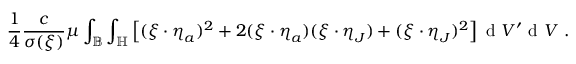
\frac { 1 } { 4 } \frac { c } { \sigma ( \boldsymbol { \xi } ) } \mu \int _ { \mathbb { B } } \int _ { \mathbb { H } } \left[ ( \boldsymbol { \xi } \cdot \boldsymbol { \eta } _ { a } ) ^ { 2 } + 2 ( \boldsymbol { \xi } \cdot \boldsymbol { \eta } _ { a } ) ( \boldsymbol { \xi } \cdot \boldsymbol { \eta } _ { J } ) + ( \boldsymbol { \xi } \cdot \boldsymbol { \eta } _ { J } ) ^ { 2 } \right] \textup { d } V ^ { \prime } \textup { d } V \ .